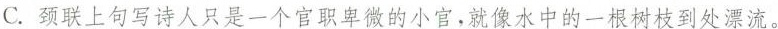
C.颈联上句写诗人只是一个官职卑微的小官，就像水中的一根树枝到处漂流。